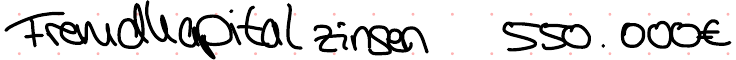
Fremdkapitalzinsen 550.000€